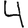
Digit: 4